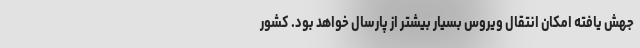
جهش یافته امکان انتقال ویروس بسیار بیشتر از پارسال خواهد بود. کشور